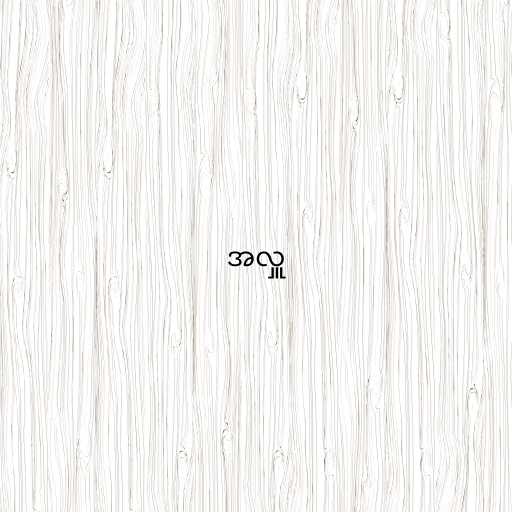
အလှူ